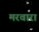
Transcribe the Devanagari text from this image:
मरवारा